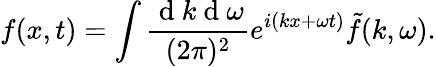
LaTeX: f(x,t)=\int\frac{\mathrm{~d~}k\mathrm{~d~}\omega}{(2\pi)^{2}}e^{i(kx+\omega t)}\tilde{f}(k,\omega).